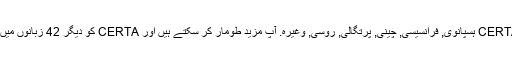
واپسی کے طور پر ، ہم کی مخفف کا ترجمہ کیا ہے CERTA ہسپانوی, فرانسیسی, چینی, پرتگالی, روسی, وغیرہ. آپ مزید طومار کر سکتے ہیں اور CERTA کو دیگر 42 زبانوں میں معنی تلاش کرنے کے لیے زبان مینیو پر کلک کریں ۔